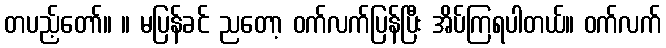
တပည့်တော်။ ။ မပြန်ခင် ညတော့ ဝက်လက်ပြန်ပြီး အိပ်ကြရပါတယ်။ ဝက်လက်